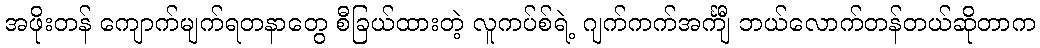
အဖိုးတန် ကျောက်မျက်ရတနာတွေ စီခြယ်ထားတဲ့ လူကပ်စ်ရဲ့ ဂျက်ကက်အင်္ကျီ ဘယ်လောက်တန်တယ်ဆိုတာက